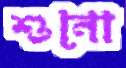
শুনো